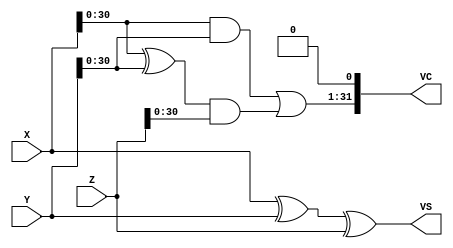
module carry_save_adder(
   input [31:0] X,
   input [31:0] Y,
   input [31:0] Z,
   output [31:0] VS,
   output [31:0] VC
);

assign VS = X ^ Y ^ Z;
assign VC = {((X[30:0] & Y[30:0]) | ((X[30:0] ^ Y[30:0]) & Z[30:0])),1'b0};

endmodule